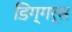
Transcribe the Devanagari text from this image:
डिग्गर्स